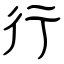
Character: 行